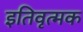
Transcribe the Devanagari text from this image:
इतिवृत्मक